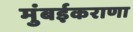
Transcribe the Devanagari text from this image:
मुंबईकराणा